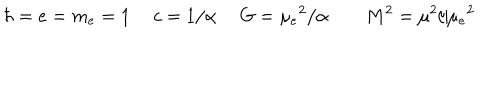
\hbar = e = m _ { e } = 1 ~ ~ c = 1 / \alpha ~ ~ G = \mu _ { e } { } ^ { 2 } / \alpha ~ ~ M ^ { 2 } = \mu ^ { 2 } / \mu _ { e } { } ^ { 2 }